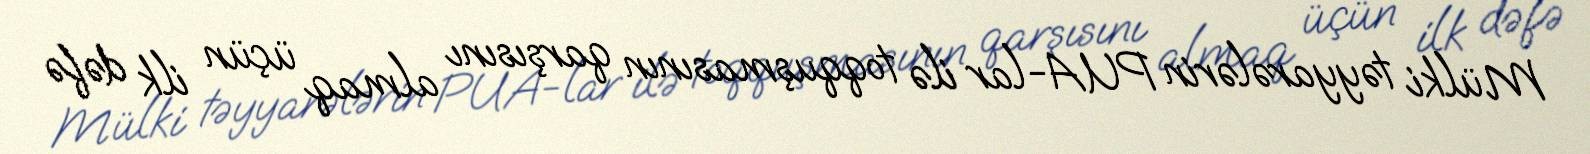
Mülki təyyarələrin PUA-lar ilə toqquşmasının qarşısını almaq üçün ilk dəfə